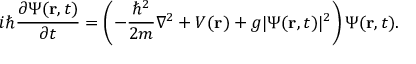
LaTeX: i \hbar { \frac { \partial \Psi ( \mathbf { r } , t ) } { \partial t } } = \left( - { \frac { \hbar ^ { 2 } } { 2 m } } \nabla ^ { 2 } + V ( \mathbf { r } ) + g \vert \Psi ( \mathbf { r } , t ) \vert ^ { 2 } \right) \Psi ( \mathbf { r } , t ) .